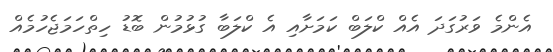
އެންމެ ވަރުގަދަ އެއް ކްލަބް ކަމަށާއި އެ ކްލަބާ ގުޅުމުން ބޮޑު ހިތްހަމަޖެހުމެއް